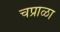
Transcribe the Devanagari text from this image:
चप्राळा